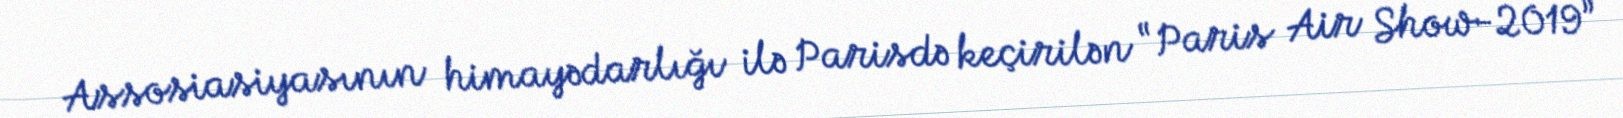
Assosiasiyasının himayədarlığı ilə Parisdə keçirilən “Paris Air Show-2019”